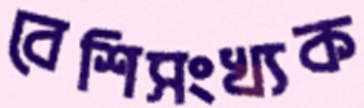
বেশিসংখ্যক